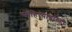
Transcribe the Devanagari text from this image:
साहित्याद्वारेही